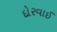
દોરવાઈ